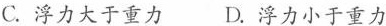
C. 浮力大于重力 D. 浮力小于重力